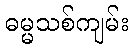
ဓမ္မသစ်ကျမ်း